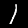
Digit: 1